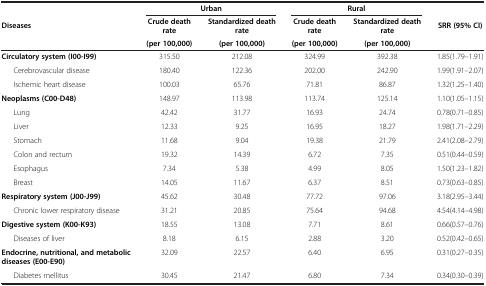
<table><thead><tr><td rowspan="3"><b>Diseases</b></td><td colspan="2"><b>Urban</b></td><td colspan="2"><b>Rural</b></td><td rowspan="3"><b>SRR (95% CI)</b></td></tr><tr><td><b>Crude death rate</b></td><td><b>Standardized death rate</b></td><td><b>Crude death rate</b></td><td><b>Standardized death rate</b></td></tr><tr><td><b>(per 100,000)</b></td><td><b>(per 100,000)</b></td><td><b>(per 100,000)</b></td><td><b>(per 100,000)</b></td></tr></thead><tbody><tr><td><b>Circulatory system (I00-I99)</b></td><td>315.50</td><td>212.08</td><td>324.99</td><td>392.38</td><td>1.85(1.79–1.91)</td></tr><tr><td>Cerebrovascular disease</td><td>180.40</td><td>122.36</td><td>202.00</td><td>242.90</td><td>1.99(1.91–2.07)</td></tr><tr><td>Ischemic heart disease</td><td>100.03</td><td>65.76</td><td>71.81</td><td>86.87</td><td>1.32(1.25–1.40)</td></tr><tr><td><b>Neoplasms (C00-D48)</b></td><td>148.97</td><td>113.98</td><td>113.74</td><td>125.14</td><td>1.10(1.05–1.15)</td></tr><tr><td>Lung</td><td>42.42</td><td>31.77</td><td>16.93</td><td>24.74</td><td>0.78(0.71–0.85)</td></tr><tr><td>Liver</td><td>12.33</td><td>9.25</td><td>16.95</td><td>18.27</td><td>1.98(1.71–2.29)</td></tr><tr><td>Stomach</td><td>11.68</td><td>9.04</td><td>19.38</td><td>21.79</td><td>2.41(2.08–2.79)</td></tr><tr><td>Colon and rectum</td><td>19.32</td><td>14.39</td><td>6.72</td><td>7.35</td><td>0.51(0.44–0.59)</td></tr><tr><td>Esophagus</td><td>7.34</td><td>5.38</td><td>4.99</td><td>8.05</td><td>1.50(1.23–1.82)</td></tr><tr><td>Breast</td><td>14.05</td><td>11.67</td><td>6.37</td><td>8.51</td><td>0.73(0.63–0.85)</td></tr><tr><td><b>Respiratory system (J00-J99)</b></td><td>45.62</td><td>30.48</td><td>77.72</td><td>97.06</td><td>3.18(2.95–3.44)</td></tr><tr><td>Chronic lower respiratory disease</td><td>31.21</td><td>20.85</td><td>75.64</td><td>94.68</td><td>4.54(4.14–4.98)</td></tr><tr><td><b>Digestive system (K00-K93)</b></td><td>18.55</td><td>13.08</td><td>7.71</td><td>8.61</td><td>0.66(0.57–0.76)</td></tr><tr><td>Diseases of liver</td><td>8.18</td><td>6.15</td><td>2.88</td><td>3.20</td><td>0.52(0.42–0.65)</td></tr><tr><td><b>Endocrine, nutritional, and metabolic diseases (E00-E90)</b></td><td>32.09</td><td>22.57</td><td>6.40</td><td>6.95</td><td>0.31(0.27–0.35)</td></tr><tr><td>Diabetes mellitus</td><td>30.45</td><td>21.47</td><td>6.80</td><td>7.34</td><td>0.34(0.30–0.39)</td></tr></tbody></table>